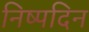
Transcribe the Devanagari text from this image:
निष्पदिन